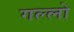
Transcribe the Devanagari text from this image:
गल्लो